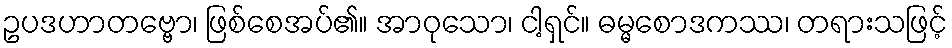
ဥပဒဟာတဗ္ဗော၊ ဖြစ်စေအပ်၏။ အာဝုသော၊ ငါ့ရှင်။ ဓမ္မစောဒကဿ၊ တရားသဖြင့်